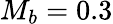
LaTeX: M_{b}=0.3